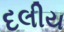
દલીય